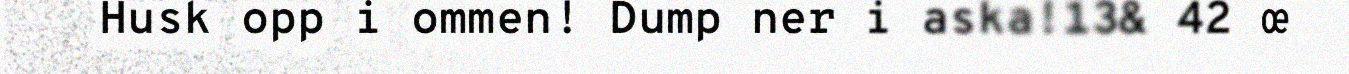
Husk opp i ommen! Dump ner i aska!13& 42 œ